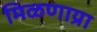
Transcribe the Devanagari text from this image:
मिळणाय्रा